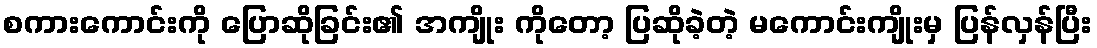
စကားကောင်းကို ပြောဆိုခြင်း၏ အကျိုး ကိုတော့ ပြဆိုခဲ့တဲ့ မကောင်းကျိုးမှ ပြန်လှန်ပြီး